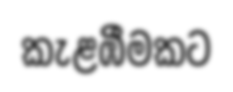
කැළඹීමකට